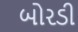
બોરડી